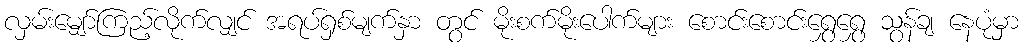
လှမ်းမျှော်ကြည့်လိုက်လျှင် အရပ်ရှစ်မျက်နှာ တွင် မိုးစက်မိုးပေါက်များ စောင်းစောင်းရွှေရွှေ သွန်ချ နေပုံမှာ